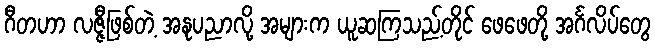
ဂီတဟာ လဇ္ဇီဖြစ်တဲ့ အနုပညာလို့ အများက ယူဆကြသည့်တိုင် ဖေဖေတို့ အင်္ဂလိပ်တွေ